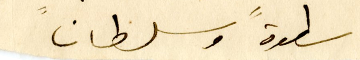
سطوةً وسلطانً